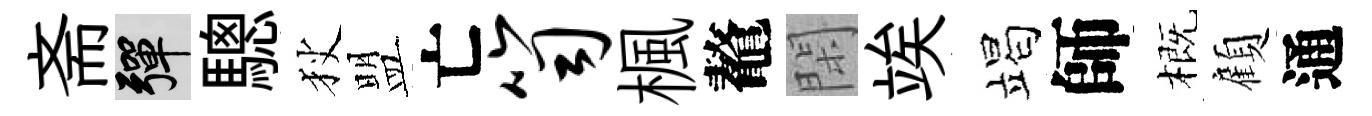
斋彈驄狄盟亡笥楓鼇閑竢竭師概顧通